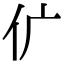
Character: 𠆲